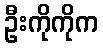
ဦးကိုကိုက